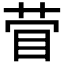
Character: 𰥞